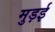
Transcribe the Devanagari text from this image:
मुड़ई